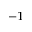
^ { - 1 }